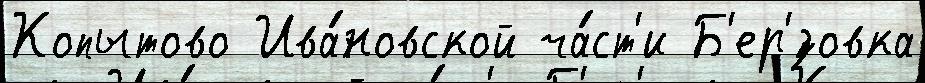
Копытово Ива́новской ча́ст'и Б'ер'́зовка